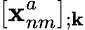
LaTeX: [\textbf{x}_{nm}^{a}]_{;\textbf{k}}